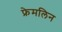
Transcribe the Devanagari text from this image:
फ्रेमलिन